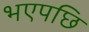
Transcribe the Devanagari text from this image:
भएपछि